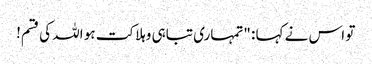
تو اس نے کہا : "تمہاری تباہی وہلاکت ہو اللہ کی قسم!